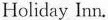
Holiday Inn.